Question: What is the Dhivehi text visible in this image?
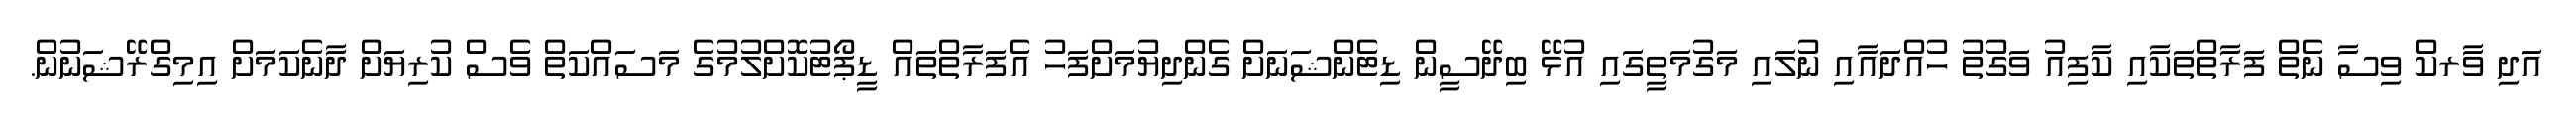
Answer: އަދި ވާރކް ވިސާ ނެތް ފަރާތްތަކާއި ކާފިއު ވަގުތު ހުއްދައާއި ނުލައި މަގުމަތީގައި އުޅޭ ބިދޭސީން ޑިޓެންޝަނަށް ގެންދިޔުމަށްފަހު އެފަރާތްތައް ޑީޕޯޓުކޮށްލުމުގެ މަސައްކަތް ވެސް ކުރިޔަށް ދާނެކަމަށް އިމިގްރޭޝަނުން.